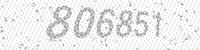
Solution: 806851